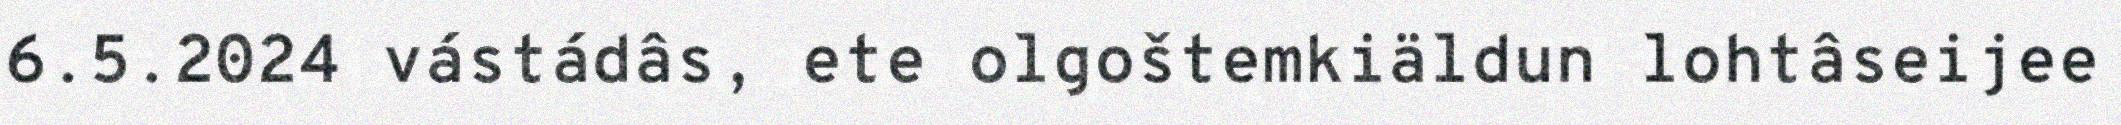
6.5.2024 vástádâs, ete olgoštemkiäldun lohtâseijee